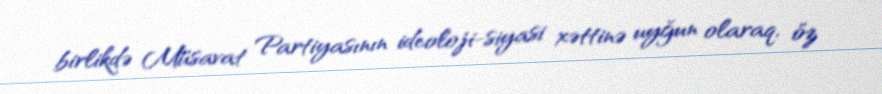
birlikdə Müsavat Partiyasının ideoloji-siyasi xəttinə uyğun olaraq, öz